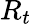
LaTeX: R_{t}